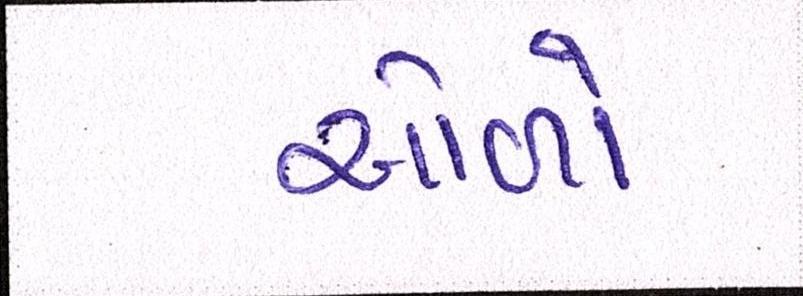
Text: ઓળો